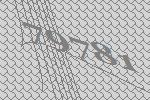
79781